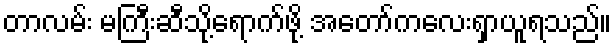
တာလမ်း မကြီးဆီသို့ရောက်ဖို့ အတော်ကလေးရှာယူရသည်။